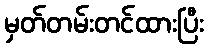
မှတ်တမ်းတင်ထားပြီး